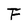
Character: F